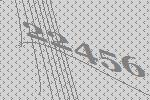
22456